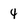
Character: 4